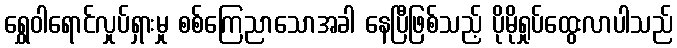
ရွှေဝါရောင်လှုပ်ရှားမှု စစ်ကြေညာသောအခါ နေပြီဖြစ်သည့် ပိုမိုရှုပ်ထွေးလာပါသည်